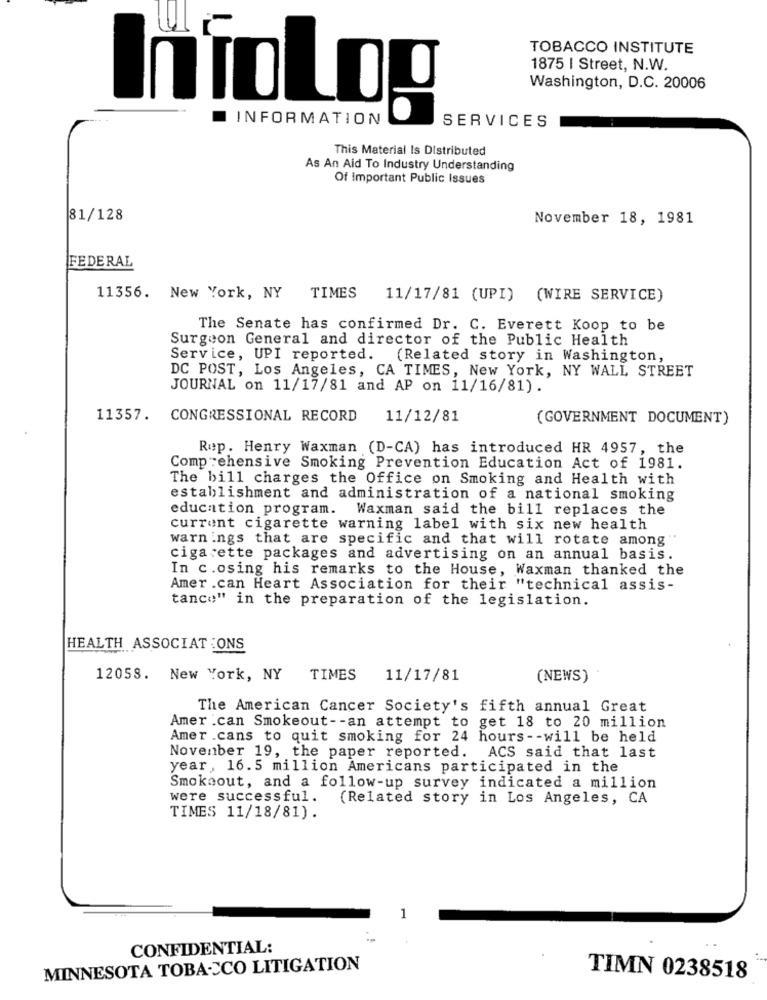
TOBACCO INSTITUTE
1875 | Street, N.W.
Washington, D.C. 20006
InfoLog
INFORMATION
SERVICES
This Material Is Distributed
As An Aid To Industry Understanding
Of Important Public Issues
81/128
November 18, 1981
FEDERAL
11356. New York, NY
TIMES
11/17/81 (UPI) (WIRE SERVICE)
The Senate has confirmed Dr. C. Everett Koop to be
Surgeon General and director of the Public Health
Service, UPI reported. (Related story in Washington,
DC POST, Los Angeles, CA TIMES, New York, NY WALL STREET
JOURNAL on 11/17/81 and AP on 11/16/81).
11357. CONGRESSIONAL RECORD
11/12/81
(GOVERNMENT DOCUMENT)
Rup. Henry Waxman (D-CA) has introduced HR 4957, the
Comprehensive Smoking Prevention Education Act of 1981.
The bill charges the Office on Smoking and Health with
establishment and administration of a national smoking
education program.
Waxman said the bill replaces the
current cigarette warning label with six new health
warnings that are specific and that will rotate among'
cigarette packages and advertising on an annual basis.
In c.osing his remarks to the House, Waxman thanked the
Amer .can Heart Association for their "technical assis-
tance" in the preparation of the legislation.
HEALTH ASSOCIATIONS
12058. New York, NY TIMES
11/17/81
(NEWS)
The American Cancer Society's fifth annual Great
Amer .can Smokeout -- an attempt to get 18 to 20 million
Amer .cans to quit smoking for 24 hours -- will be held
November 19, the paper reported. ACS said that last
year, 16.5 million Americans participated in the
Smokeout, and a follow-up survey indicated a million
were successful.
(Related story in Los Angeles, CA
TIMES 11/18/81).
CONFIDENTIAL:
MINNESOTA TOBACCO LITIGATION
TIMN 0238518